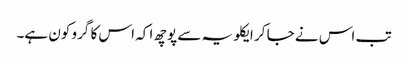
تب اس نے جا کر ایکلویہ سے پوچھ ا کہ اس کا گرو کون ہے۔